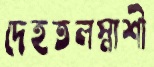
দেহতলস্নাশী